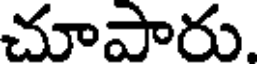
చూపారు.